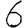
Digit: 6